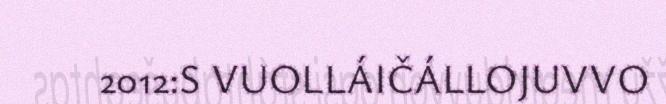
2012:S VUOLLÁIČÁLLOJUVVO